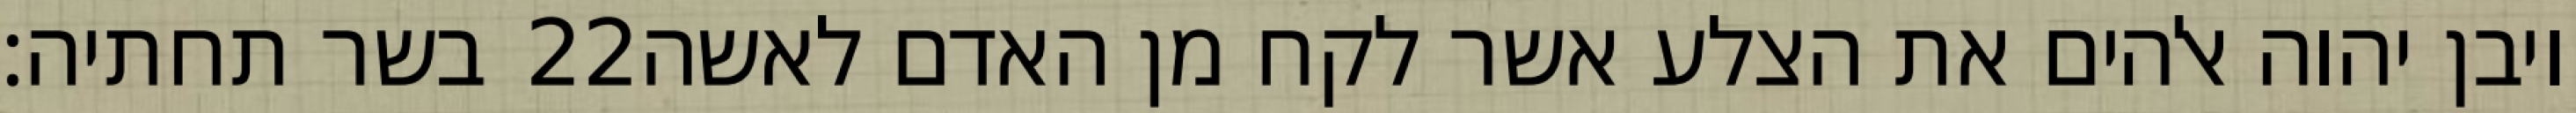
בשר תחתיה׃ ‎22‏ ויבן יהוה אלהים את הצלע אשר לקח מן האדם לאשה